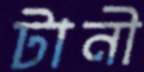
টানী